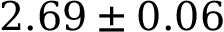
2 . 6 9 \pm 0 . 0 6